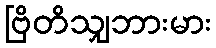
ဗြိတိသျှဘားမား